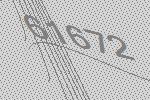
61672